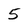
Character: 5